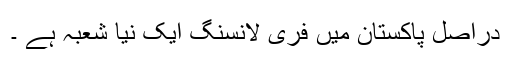
دراصل پاکستان میں فری لانسنگ ایک نیا شعبہ ہے ۔